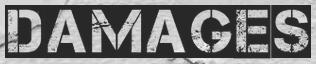
DAMAGES